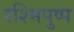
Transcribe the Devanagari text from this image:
रश्मिपुष्प